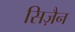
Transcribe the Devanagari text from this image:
सिज़ैन